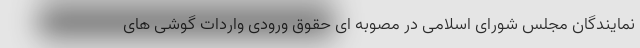
نمایندگان مجلس شورای اسلامی در مصوبه ای حقوق ورودی واردات گوشی های